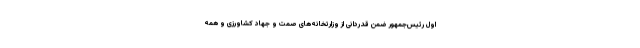
اول رئیس‌جمهور ضمن قدردانی از وزارتخانه‌های صمت و جهاد کشاورزی و همه